Vaccination North-Western Provinces and Oudh 1896-1901 - 1896-1901
Year: 1896
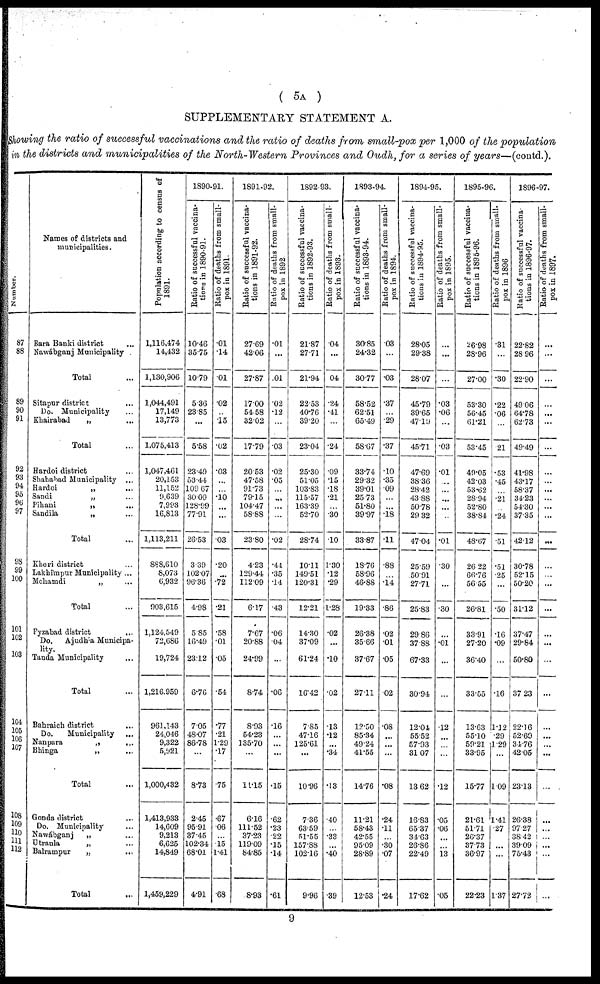
( 5A )
SUPPLEMENTARY STATEMENT A.
Showing the ratio of successful vaccinations and the ratio of deaths from small-pox per 1,000 of the population
in the districts and municipalities of the North-Western Provinces and Oudh, for a series of years—(contd.).
Number.
87
88
89
90
91
92
93
94
95
96
97
98
99
100
101
102
103
104
105
106
107
108
109
110
111
112
Names of districts and
municipalities.
Bara Banki district ...
Nawábganj Municipality
Total ...
Sitapur district ...
Do. Municipality ...
Khairabad
„ ...
Total ...
Hardoi district ...
Shahabad Municipality ...
Hardoi
„ ...
Sandi
„ ...
Pihani
„ ...
Sandila
„ ...
Total ...
Kheri district ...
Lakhimpur Municipality ...
Mohamdi
„ ...
Total ...
Fyzabad district ...
Do.
Ajudhla Municipa-
lity.
Tanda Municipality ...
Total ...
Bahraich district ...
Do.
Municipality ...
Nanpara
„
...
Bhinga
„ ...
Total ...
Gonda district ...
Do. Municipality ...
Nawábganj
„ ...
Utraula
„ ...
Balrampur
„
...
Total ...
Population according to census of
1891.
1,116,474
14,432
1,130,906
1,044,491
17,149
13,773
1,075,413
1,047,461
20,153
11,152
9,639
7,993
16,813
1,113,211
888,610
8,073
6,932
903,615
1,124,549
72,686
19,724
1,216.959
961,143
24,046
9,322
5,921
1,000,432
1,413,933
14,609
9,213
6,625
14,849
1,459,229
1890-91.
Ratio of successful vaccina-
tions in 1890-91.
10.46
35.75
10.79
5.36
23.85
...
5.58
23.49
53.44
109.67
30.09
128.99
77.91
26.53
3.39
102.07
96.36
4.98
585
16.49
23.12
6.76
7.05
48.07
86.78
...
8.73
2.45
95.91
37.45
102.34
68.01
4.91
Ratio of deaths from small-
pox in 1891.
.01
.14
.01
.02
...
.15
.02
.03
...
...
.10
...
...
.03
.20
...
.72
.21
.58
.01
.05
.54
.77
.21
1.29
.17
.75
.67
.06
...
15
1.41
.68
1891-92.
Ratio of successful vaccina-
tions in 1891-92.
27.69
42.06
27.87
17.00
54.58
32.02
17.79
20.53
47.58
91.73
79.15
104.47
58.88
23.80
4.23
129.44
112.09
6.17
7.67
20.88
24.99
8.74
8.93
54.23
135.70
...
11.15
6.16
111.52
37.23
119.09
84.85
8.93
Ratio of deaths from small-
pox in 1892.
.01
...
.01
.02
.12
...
.03
.02
.05
...
...
...
...
.02
.44
.35
.14
.43
.06
.04
...
.06
.16
...
...
...
.15
.62
.23
.22
.15
.14
.61
1892-93.
Ratio of successful vaccina-
tions in 1892-93.
21.87
27.71
21.94
22.53
40.76
39.20
23.04
25.30
51.05
103.83
115.57
163.39
52.70
28.74
10.11
149.51
120.31
12.21
14.30
37.09
61.24
16.42
7.85
47.16
125.61
...
10.96
7.36
63.59
51.55
157.88
102.16
9.96
Ratio of deaths from small-
pox in 1893.
.04
...
04
.24
.41
...
.24
.09
.15
.18
.21
...
.30
.10
1.30
.12
.29
1.28
.02
...
.10
.02
.13
.12
...
.34
.13
.40
...
.33
...
.40
.39
1893-94.
Ratio of successful vaccina-
tions in 1893-94.
30.85
24.32
30.77
58.52
62.51
65.49
58.67
33.74
29.32
39.01
25.73
51.80
39.97
33.87
18.76
58.96
46.88
19.33
26.38
35.66
37.67
27.11
12.50
85.34
49.24
41.55
14.76
11.21
58.43
42.55
95.09
28.89
12.53
Ratio of deaths from small-
pox in 1894.
.03
...
.03
.37
...
.29
.37
.10
.35
.09
...
...
.18
.11
.88
...
.14
.86
.02
.01
.05
.02
.08
...
...
...
.08
.24
.11
...
.30
.07
.24
1894-95.
Ratio of successful vaccina-
tions in 1894-95.
28.05
29.38
28.07
45.79
39.65
47.19
45.71
47.69
38.36
28.42
43.88
50.78
29.32
47.04
25.59
50.91
27.71
25.83
29.86
37.88
67.33
30.94
12.04
55.52
57.93
31.07
13.62
16.83
65.37
34.63
26.86
22.49
17.62
Ratio of deaths from small-
pox in 1895.
...
...
...
.03
.06
...
.03
.01
...
...
...
...
...
.01
.30
...
...
.30
...
.01
...
...
12
...
...
...
.12
.05
.06
...
...
13
.05
1895-96.
Ratio of successful vaccina-
tions in 1895-96.
26.98
28.96
27.00
53.30
56.45
61.21
53.45
49.05
42.03
53.62
28.94
52.80
38.84
48.67
26.22
66.76
56.55
26.81
33.91
27.20
36.40
33.55
13.63
55.10
59.21
33.95
15.77
21.61
51.71
26.37
37.73
36.97
22.23
Ratio of deaths from small-
pox in 1896
.31
...
.30
.22
.06
...
21
.53
.45
...
.21
...
.24
.51
.51
.25
...
.50
.16
.09
...
.16
1.12
.29
1.29
...
1.09
1.41
.27
...
...
1.37
1896-97.
Ratio of successful vaccina
tions in 1896-97.
22.82
28.96
22.90
49.06
64.78
62.73
49.49
41.98
43.17
58.37
34.23
54.30
37.35
42.12
30.78
52.15
50.20
31.12
37.47
29.84
50.80
37.23
22.16
52.69
34.76
42.05
23.13
26.38
97.27
38.42
39.09
75.43
27.72
Ratio of deaths from small-
pox in 1897.
...
...
...
...
...
...
...
...
...
...
...
...
...
...
...
...
...
...
...
...
...
...
...
...
...
...
...
...
...
...
...
...
...
9